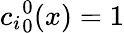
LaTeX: {c_{i}}_{0}^{0}(x)=1